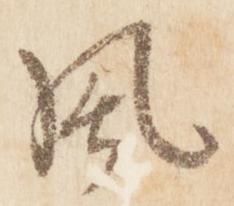
風